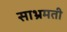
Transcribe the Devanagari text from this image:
साभ्रमती